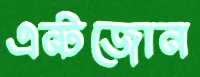
এন্টজোন